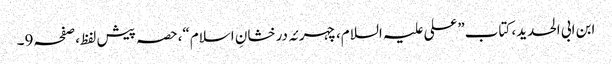
ابن ابی الحدید، کتاب”علی علیہ السلام،چہرئہ درخشانِ اسلام“،حصہ پیش لفظ،صفحہ9۔